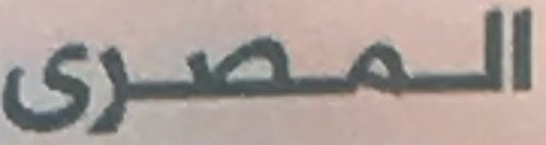
المصرى